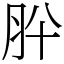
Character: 肸